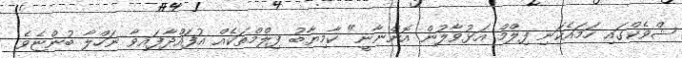
ޝްވެކްގައި ހަމައެކަނި ފިލްމް އަޅުވާލުން އޮންނާނީ" ކާމިޔާބު ފިލްމްތަކެއް އުފައްދާފައިވާ ނަހްލާ ބުންޏެވެ.